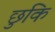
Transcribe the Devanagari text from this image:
छुकि